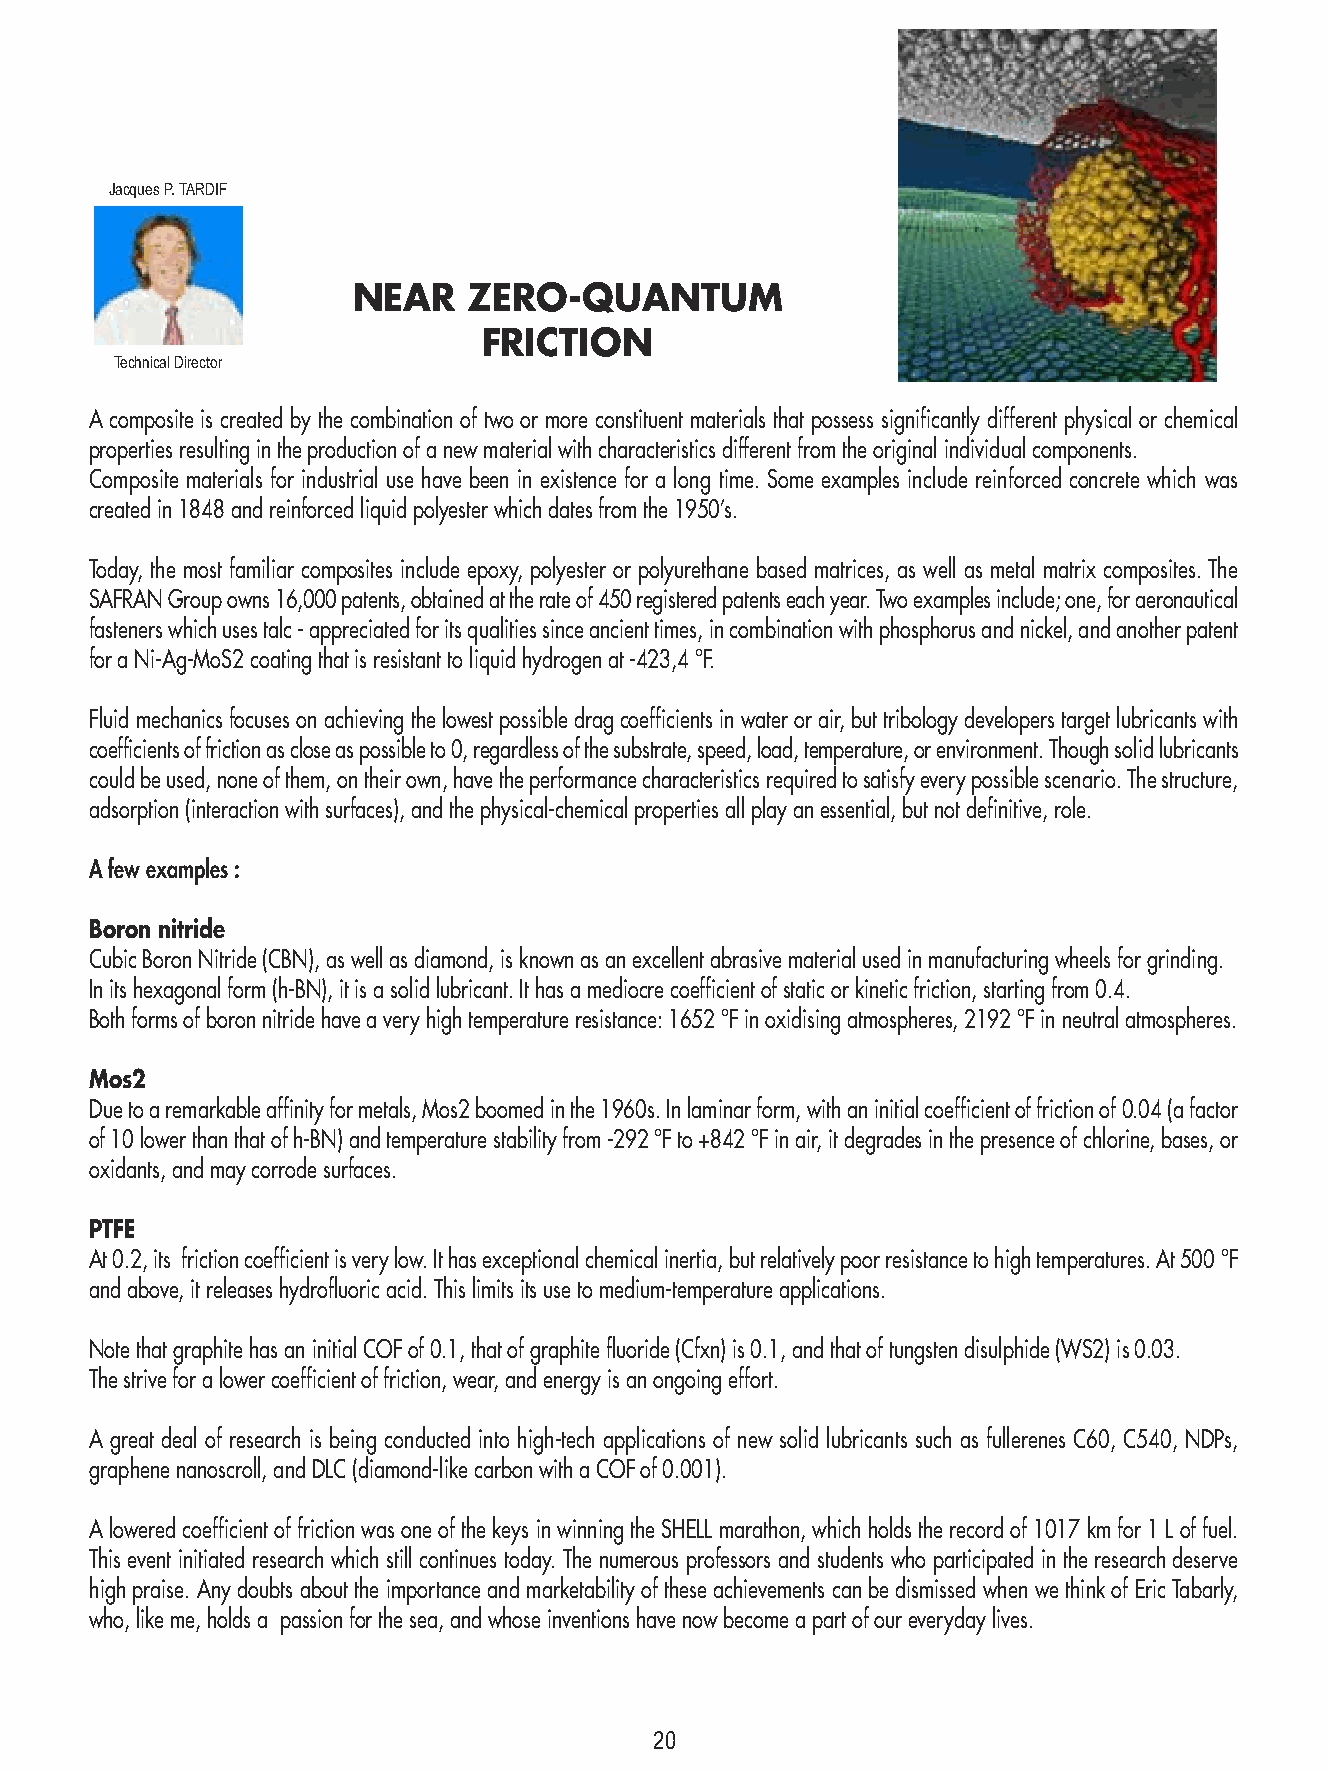
Jacques P. TARDIF
 NEAR    ZERO-QUANTUM
 FRICTION
 Technical Director
 A composite is created by the combination of two or more constituent materials that possess significantly different physical or chemical
 properties resulting in the production of a new material with characteristics different from the original individual components.
 Composite materials for industrial use have been in existence for a long time. Some examples include reinforced concrete which was
 created in 1848 and reinforced liquid polyester which dates from the 1950’s.
 Today, the most familiar composites include epoxy, polyester or polyurethane based matrices, as well as metal matrix composites. The
 SAFRAN Group owns 16,000 patents, obtained at the rate of 450 registered patents each year. Two examples include; one, for aeronautical
 fasteners which uses talc - appreciated for its qualities since ancient times, in combination with phosphorus and nickel, and another patent
 for a Ni-Ag-MoS2 coating that is resistant to liquid hydrogen at -423,4 °F.
 Fluid mechanics focuses on achieving the lowest possible drag coefficients in water or air, but tribology developers target lubricants with
 coefficients of friction as close as possible to 0, regardless of the substrate, speed, load, temperature, or environment. Though solid lubricants
 could be used, none of them, on their own, have the performance characteristics required to satisfy every possible scenario. The structure,
 adsorption (interaction with surfaces), and the physical-chemical properties all play an essential, but not definitive, role.
 A few examples :
 Boron nitride
 Cubic Boron Nitride (CBN), as well as diamond, is known as an excellent abrasive material used in manufacturing wheels for grinding.
 In its hexagonal form (h-BN), it is a solid lubricant. It has a mediocre coefficient of static or kinetic friction, starting from 0.4.
 Both forms of boron nitride have a very high temperature resistance: 1652 °F in oxidising atmospheres, 2192 °F in neutral atmospheres.
 Mos2
 Due to a remarkable affinity for metals, Mos2 boomed in the 1960s. In laminar form, with an initial coefficient of friction of 0.04 (a factor
 of 10 lower than that of h-BN) and temperature stability from -292 °F to +842 °F in air, it degrades in the presence of chlorine, bases, or
 oxidants, and may corrode surfaces.
 PTFE
 At 0.2, its friction coefficient is very low. It has exceptional chemical inertia, but relatively poor resistance to high temperatures. At 500 °F
 and above, it releases hydrofluoric acid. This limits its use to medium-temperature applications.
 Note that graphite has an initial COF of 0.1, that of graphite fluoride (Cfxn) is 0.1, and that of tungsten disulphide (WS2) is 0.03.
 The strive for a lower coefficient of friction, wear, and energy is an ongoing effort.
 A great deal of research is being conducted into high-tech applications of new solid lubricants such as fullerenes C60, C540, NDPs,
 graphene nanoscroll, and DLC (diamond-like carbon with a COF of 0.001).
 A lowered coefficient of friction was one of the keys in winning the SHELL marathon, which holds the record of 1017 km for 1 L of fuel.
 This event initiated research which still continues today. The numerous professors and students who participated in the research deserve
 high praise. Any doubts about the importance and marketability of these achievements can be dismissed when we think of Eric Tabarly,
 who, like me, holds a passion for the sea, and whose inventions have now become a part of our everyday lives.
 20